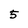
Character: 5